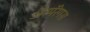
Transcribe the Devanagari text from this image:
ॲस्पॅरेगस